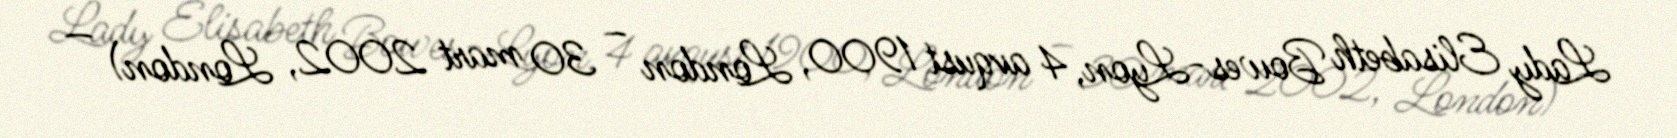
Lady Elisabeth Bowes-Lyon, 4 avqust 1900, London – 30 mart 2002, London) —